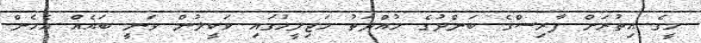
މީގެ އިތުރަށް ފާރިސްގެ ބަންދުގެ މުއްދަތު މަޖިލީހުގައި ވަކީލުން ވަނީ ބައެއް އެހެން